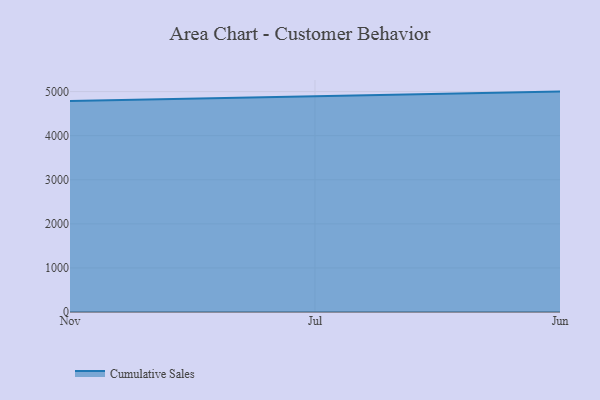
{"axis": {"x": "Month", "y": "Bounce Rate (%)"}, "legend": ["Cumulative Sales"], "data": [{"x": "Nov", "y": 4789.0, "type": "Cumulative Sales"}, {"x": "Jul", "y": 4901.4, "type": "Cumulative Sales"}, {"x": "Jun", "y": 5000, "type": "Cumulative Sales"}]}